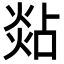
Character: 煔